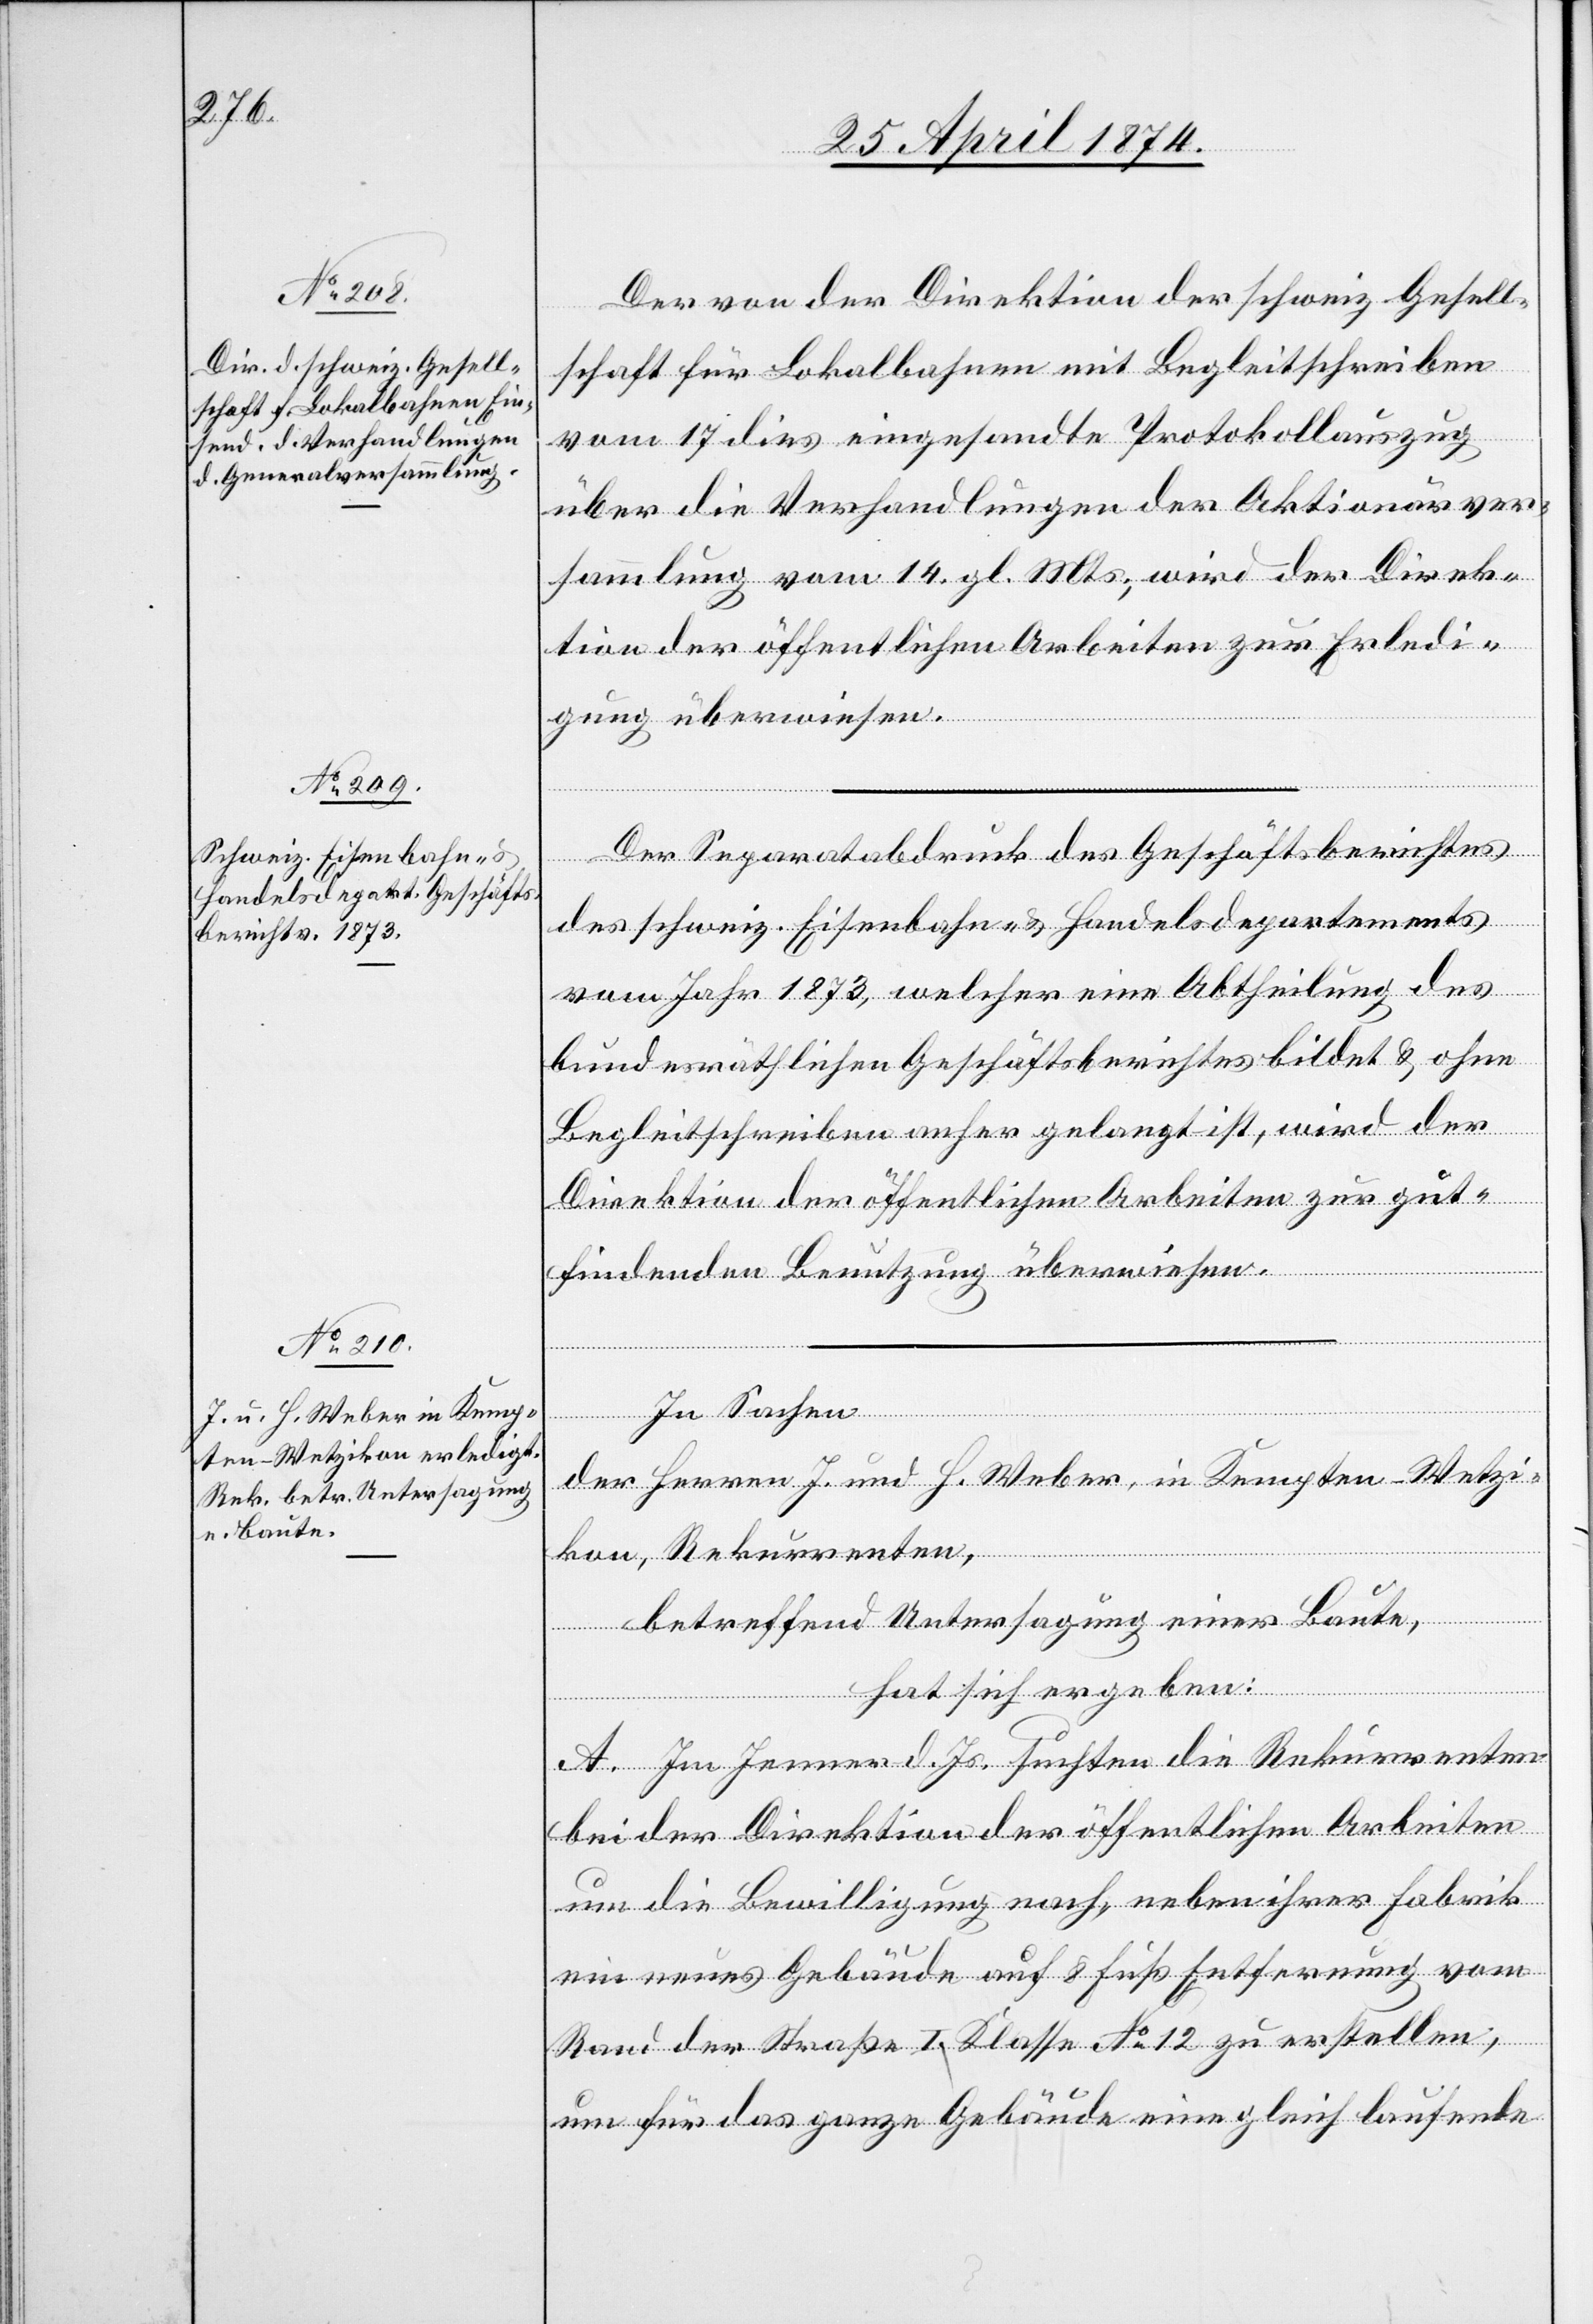
Der von der Direktion der schweiz. Gesell¬
schaft für Lokalbahnen mit Begleitschreiben
vom 17. dies eingesandte Protokollauszug
über die Verhandlungen der Aktionärver¬
sammlung vom 14. gl. Mts., wird der Direk¬
tion der öffentlichen Arbeiten zur Erledi¬
gung überwiesen.
Der Separatabdruck des Geschäftsberichtes
des schweiz. Eisenbahn- u. Handelsdepartements
vom Jahr 1873, welcher eine Abtheilung des
bundesräthlichen Geschäftsberichtes bildet u. ohne
Begleitschreiben anher gelangt ist, wird der
Direktion der öffentlichen Arbeiten zur gut¬
findenden Benutzung überwiesen.
In Sachen
der Herren J. und H. Weber, in Kempten-Wetzi¬
kon, Rekurrenten,
betreffend Untersagung einer Baute,
hat sich ergeben:
A. Im Jenner d. Js. suchten die Rekurrenten
bei der Direktion der öffentlichen Arbeiten
um die Bewilligung nach, neben ihrer Fabrik
ein neues Gebäude auf 8 Fuß Entfernung vom
Rand der Straße I. Klasse No 12 zu erstellen,
um für das ganze Gebäude eine gleich lautende